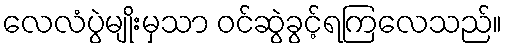
လေလံပွဲမျိုးမှသာ ဝင်ဆွဲခွင့်ရကြလေသည်။